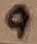
Text: 9